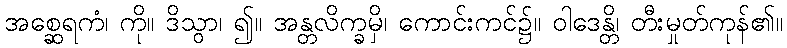
အစ္ဆေရကံ၊ ကို။ ဒိသွာ၊ ၍။ အန္တလိက္ခမှိ၊ ကောင်းကင်၌။ ဝါဒေန္တိ၊ တီးမှုတ်ကုန်၏။